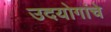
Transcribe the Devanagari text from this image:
उदयोगांचे